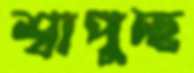
শ্বাপুচ্ছ